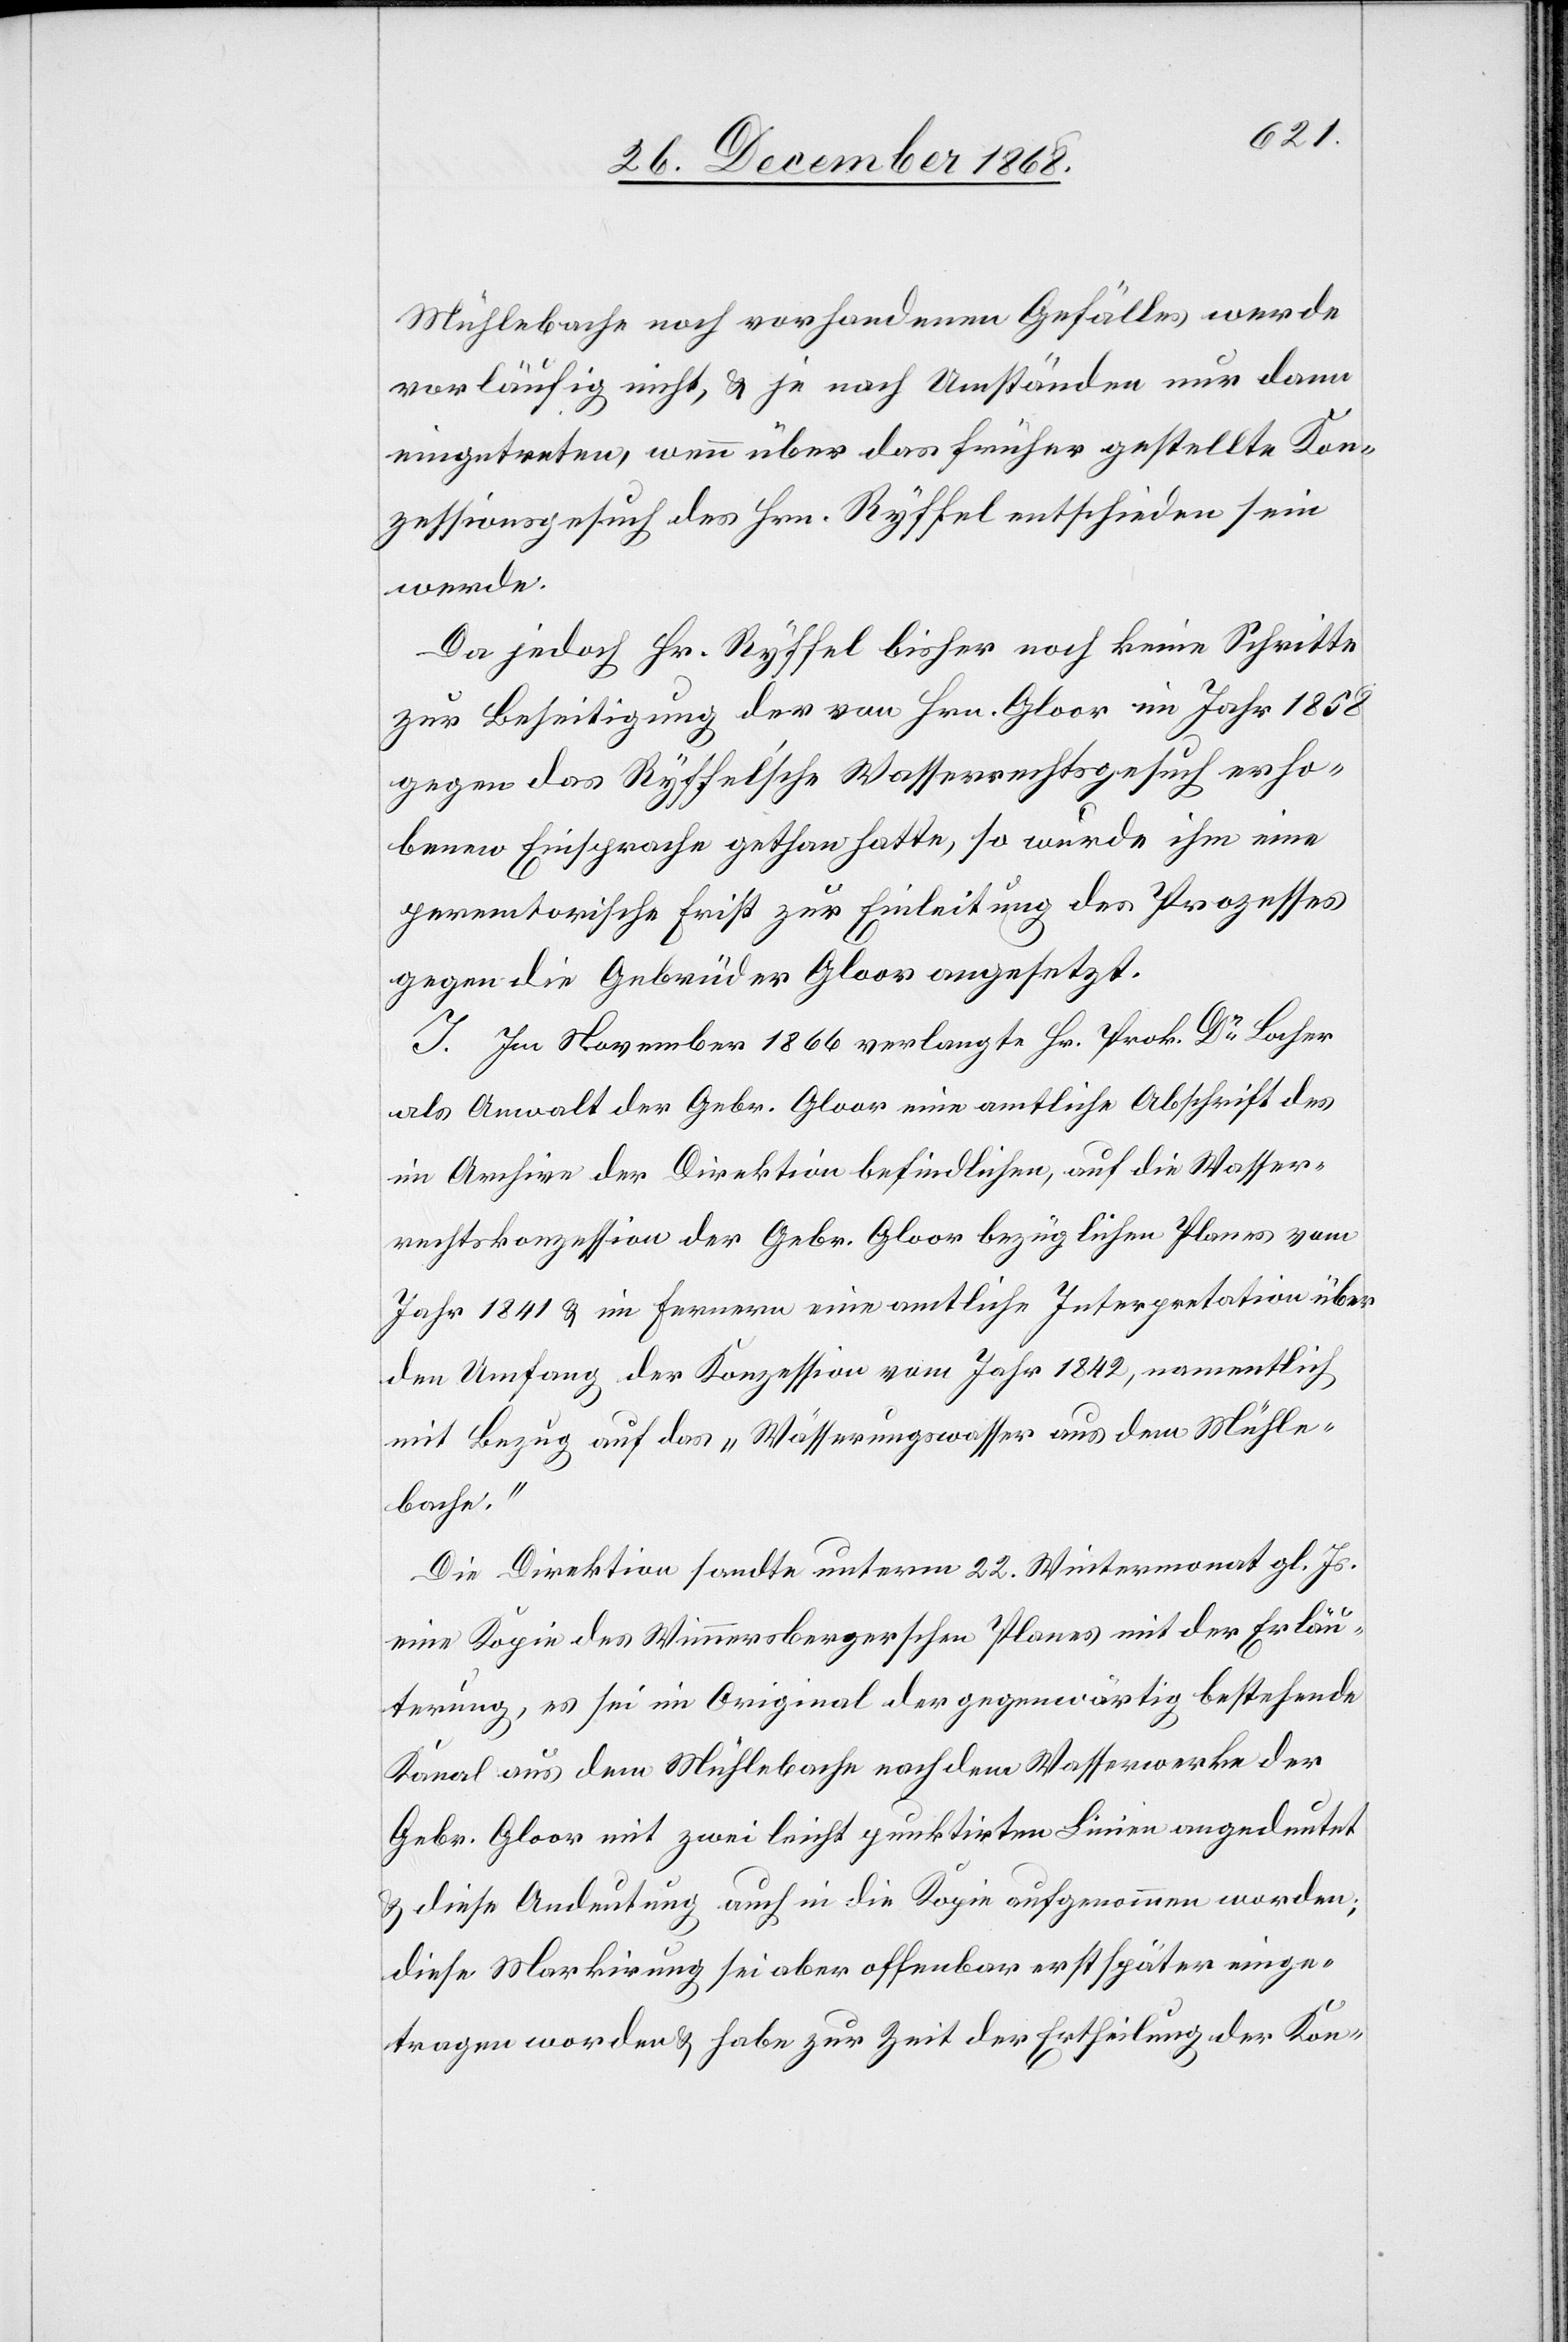
Mühlebache noch vorhandenen Gefälles werde
vorläufig nicht, & je nach Umständen nur dann
eingetreten, wenn über das früher gestellte Kon¬
zessionsgesuch des Hrn. Ryffel entschieden sein
werde.
Da jedoch Hr. Ryffel bisher noch keine Schritte
zur Beseitigung der von Hrn. Gloor im Jahr 1858
gegen das Ryffel’sche Wasserrechtsgesuch erho¬
benen Einsprache gethan hatte, so wurde ihm eine
peremtorische Frist zur Einleitung des Prozesses
gegen die Gebrüder Gloor angesetzt.
I. Im November 1866 verlangte Hr. Prok. Dr Locher
als Anwalt der Gebr. Gloor eine amtliche Abschrift des
im Archive der Direktion befindlichen, auf die Wasser¬
rechtskonzession der Gebr. Gloor bezüglichen Planes vom
Jahr 1841 & im Fernern eine amtliche Interpretation über
den Umfang der Konzession vom Jahr 1842, namentlich
mit Bezug auf das „Wässerungswasser aus dem Mühle¬
bache.“
Die Direktion sandte unterm 22. Wintermonat gl. Js.
eine Kopie des Wimmersbergerschen Planes mit der Erläu¬
terung, es sei im Original der gegenwärtig bestehende
Kanal aus dem Mühlebache nach dem Wasserwerke der
Gebr. Gloor mit zwei leicht punktirten Linien angedeutet
& diese Andeutung auch in die Kopie aufgenommen worden;
diese Markirung sei aber offenbar erst später einge¬
tragen worden & habe zur Zeit der Ertheilung der Kon-